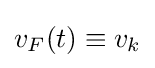
v_{F}(t)\equiv v_{k}